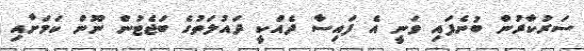
ސަރުކާރުން ބުނެފައި ވަނީ އެ ފައިސާ ދެއްކީ ދައުލަތުގެ ބަޖެޓުން ނޫން ކަމަށާއި